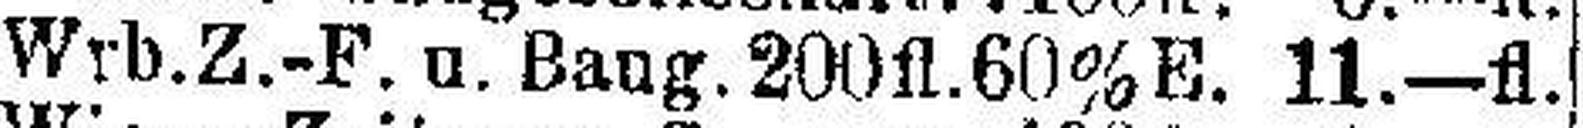
Wrb.Z.-F. u. Bang. 200fl. 60%E. 11.—fl.